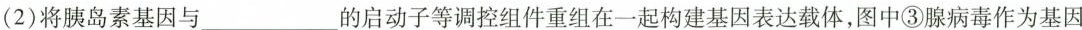
(2)将胰岛素基因与___的启动子等调控组件重组在一起构建基因表达载体，图中③腺病毒作为基因